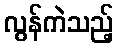
လွန်ကဲသည့်